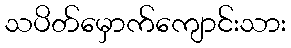
သပိတ်မှောက်ကျောင်းသား